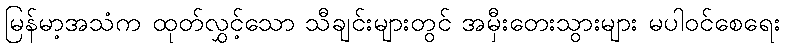
မြန်မာ့အသံက ထုတ်လွှင့်သော သီချင်းများတွင် အမှီးတေးသွားများ မပါဝင်စေရေး